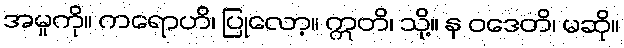
အမှုကို။ ကရောဟိ၊ ပြုလော့။ ဣတိ၊ သို့။ န ဝဒေတိ၊ မဆို။